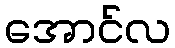
အောင်လ